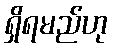
ရှိရမည်ဟု